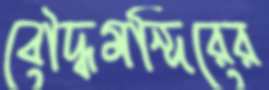
বৌদ্ধমন্দিরের